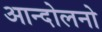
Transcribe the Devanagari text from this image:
आन्दोलनो